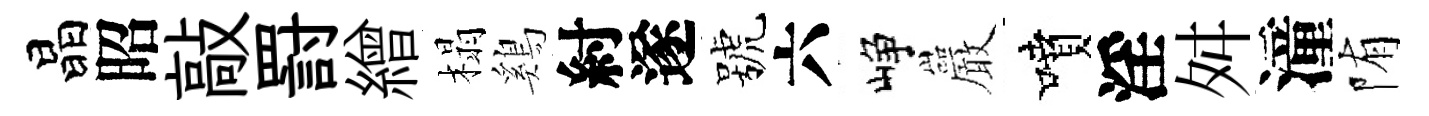
晶昭敲罸繒榻鷄紂遂號六峥巖噴淫舛潼陏